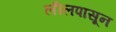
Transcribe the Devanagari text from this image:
लीलपासून